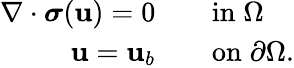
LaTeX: \begin{array}{rl}{\nabla\cdot\boldsymbol{\sigma}(\mathbf{u})=0\quad}&{{}\mathrm{in}\; \Omega}\\ {\mathbf{u}=\mathbf{u}_{b}\quad}&{{}\mathrm{on}\; \partial\Omega.}\end{array}